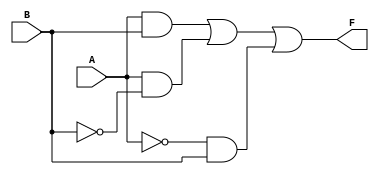
module two_variable_kmap (
    input wire A,  // First input variable
    input wire B,  // Second input variable
    output wire F  // Output representing the simplified boolean expression
);

// K-map simplification logic
// The output F can be derived from the K-map as follows:
// F = A'B' + A'B + AB' + AB
// This can be simplified based on the specific values of F(0,0), F(0,1), F(1,0), F(1,1)
// For example, if we assume F(0,0) = 0, F(0,1) = 1, F(1,0) = 1, F(1,1) = 0
// The simplified expression would be: F = B

assign F = (A & B) | (A & ~B) | (~A & B); // Example expression based on K-map

endmodule